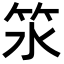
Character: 𥫸